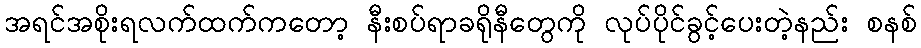
အရင်အစိုးရလက်ထက်ကတော့ နီးစပ်ရာခရိုနီတွေကို လုပ်ပိုင်ခွင့်ပေးတဲ့နည်း စနစ်